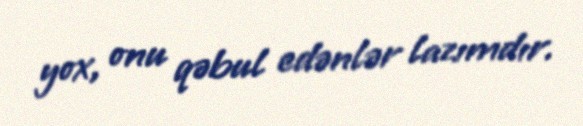
yox, onu qəbul edənlər lazımdır.